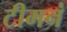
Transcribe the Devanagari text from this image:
टीमनं